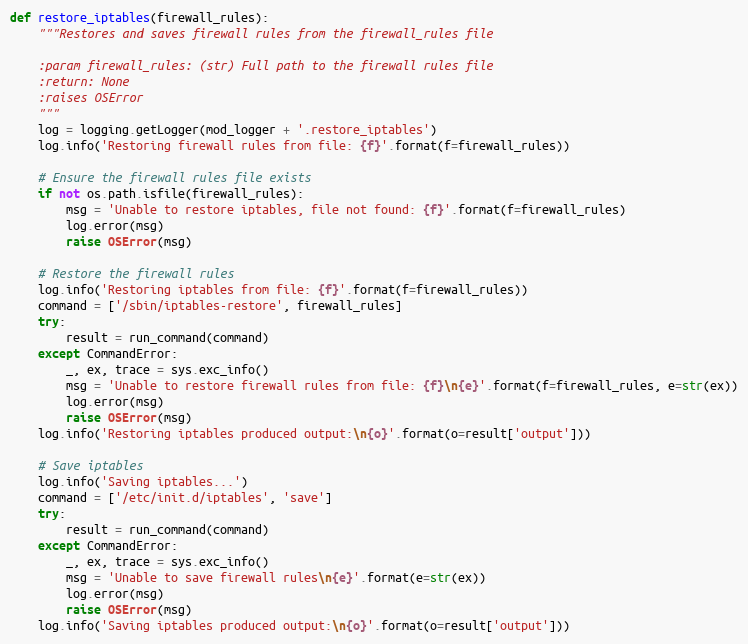
Language: Python
def restore_iptables(firewall_rules):
    """Restores and saves firewall rules from the firewall_rules file

    :param firewall_rules: (str) Full path to the firewall rules file
    :return: None
    :raises OSError
    """
    log = logging.getLogger(mod_logger + '.restore_iptables')
    log.info('Restoring firewall rules from file: {f}'.format(f=firewall_rules))

    # Ensure the firewall rules file exists
    if not os.path.isfile(firewall_rules):
        msg = 'Unable to restore iptables, file not found: {f}'.format(f=firewall_rules)
        log.error(msg)
        raise OSError(msg)

    # Restore the firewall rules
    log.info('Restoring iptables from file: {f}'.format(f=firewall_rules))
    command = ['/sbin/iptables-restore', firewall_rules]
    try:
        result = run_command(command)
    except CommandError:
        _, ex, trace = sys.exc_info()
        msg = 'Unable to restore firewall rules from file: {f}\n{e}'.format(f=firewall_rules, e=str(ex))
        log.error(msg)
        raise OSError(msg)
    log.info('Restoring iptables produced output:\n{o}'.format(o=result['output']))

    # Save iptables
    log.info('Saving iptables...')
    command = ['/etc/init.d/iptables', 'save']
    try:
        result = run_command(command)
    except CommandError:
        _, ex, trace = sys.exc_info()
        msg = 'Unable to save firewall rules\n{e}'.format(e=str(ex))
        log.error(msg)
        raise OSError(msg)
    log.info('Saving iptables produced output:\n{o}'.format(o=result['output']))